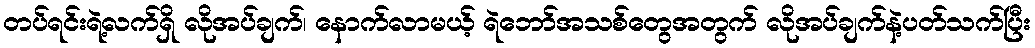
တပ်ရင်းရဲ့လက်ရှိ လိုအပ်ချက်၊ နောက်လာမယ့် ရဲဘော်အသစ်တွေအတွက် လိုအပ်ချက်နဲ့ပတ်သက်ပြီး